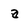
Character: a